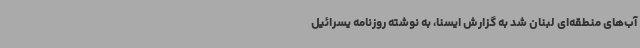
آب‌های منطقه‌ای لبنان شد به گزارش ایسنا، به نوشته روزنامه یسرائیل